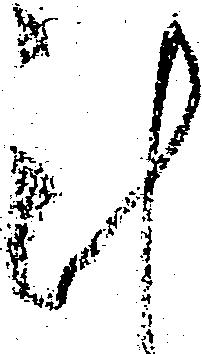
計